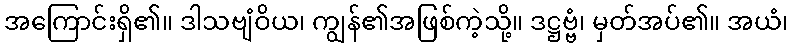
အကြောင်းရှိ၏။ ဒါသဗျံဝိယ၊ ကျွန်၏အဖြစ်ကဲ့သို့။ ဒဋ္ဌဗ္ဗံ၊ မှတ်အပ်၏။ အယံ၊